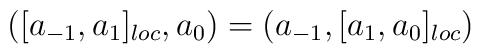
([a_{-1},a_1]_{loc},a_0) = (a_{-1},[a_1,a_0]_{loc})